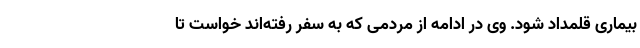
بیماری قلمداد شود. وی در ادامه از مردمی که به سفر رفته‌اند خواست تا